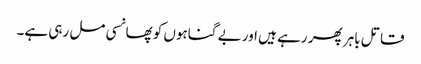
قاتل باہر پھر رہے ہیں اور بے گناہوں کو پھانسی مل رہی ہے۔